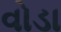
વોડા